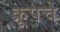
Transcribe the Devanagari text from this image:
क्रूपचे